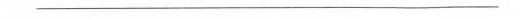
___